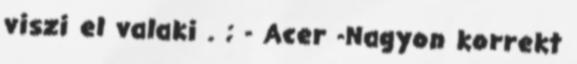
viszi el valaki . ; - Acer -Nagyon korrekt